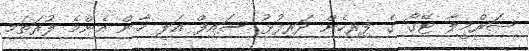
ޝަރްމީލާ ޓޭގޯ ގެ ފިރިހެން ދަރިފުޅު ސައިފް އަލީ ޚާން އެންމެ ފުރަތަމ